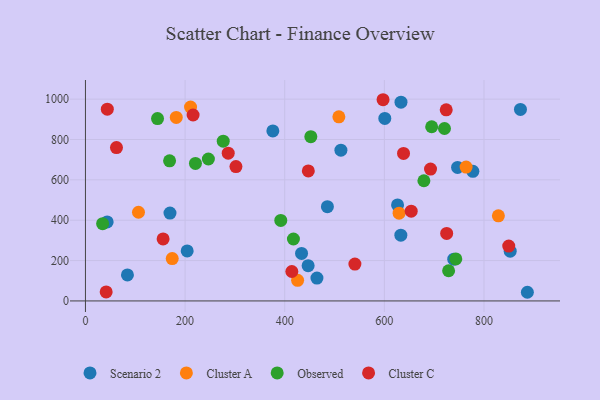
{"axis": {"x": "Study Hours", "y": "Exam Score"}, "legend": ["Cluster A", "Cluster C", "Observed", "Scenario 2"], "data": [{"x": "376.2", "y": 842.2, "type": "Scenario 2"}, {"x": "887.1", "y": 42.9, "type": "Scenario 2"}, {"x": "84.3", "y": 128.9, "type": "Scenario 2"}, {"x": "512.8", "y": 746.8, "type": "Scenario 2"}, {"x": "204.2", "y": 248.0, "type": "Scenario 2"}, {"x": "633.4", "y": 984.9, "type": "Scenario 2"}, {"x": "169.7", "y": 435.3, "type": "Scenario 2"}, {"x": "777.7", "y": 642.0, "type": "Scenario 2"}, {"x": "464.7", "y": 113.3, "type": "Scenario 2"}, {"x": "43.6", "y": 391.6, "type": "Scenario 2"}, {"x": "852.6", "y": 246.8, "type": "Scenario 2"}, {"x": "626.5", "y": 475.9, "type": "Scenario 2"}, {"x": "447.0", "y": 174.5, "type": "Scenario 2"}, {"x": "485.7", "y": 467.2, "type": "Scenario 2"}, {"x": "600.9", "y": 904.5, "type": "Scenario 2"}, {"x": "739.3", "y": 207.0, "type": "Scenario 2"}, {"x": "873.2", "y": 948.7, "type": "Scenario 2"}, {"x": "433.8", "y": 235.4, "type": "Scenario 2"}, {"x": "633.1", "y": 325.9, "type": "Scenario 2"}, {"x": "747.0", "y": 661.4, "type": "Scenario 2"}, {"x": "764.1", "y": 663.1, "type": "Cluster A"}, {"x": "828.9", "y": 421.6, "type": "Cluster A"}, {"x": "211.0", "y": 960.8, "type": "Cluster A"}, {"x": "106.5", "y": 439.5, "type": "Cluster A"}, {"x": "182.3", "y": 909.5, "type": "Cluster A"}, {"x": "629.6", "y": 434.9, "type": "Cluster A"}, {"x": "508.7", "y": 912.1, "type": "Cluster A"}, {"x": "174.2", "y": 209.8, "type": "Cluster A"}, {"x": "425.9", "y": 102.2, "type": "Cluster A"}, {"x": "168.9", "y": 694.2, "type": "Observed"}, {"x": "276.6", "y": 791.8, "type": "Observed"}, {"x": "144.7", "y": 903.6, "type": "Observed"}, {"x": "452.4", "y": 813.8, "type": "Observed"}, {"x": "220.8", "y": 681.6, "type": "Observed"}, {"x": "743.4", "y": 208.0, "type": "Observed"}, {"x": "695.0", "y": 863.1, "type": "Observed"}, {"x": "246.8", "y": 703.3, "type": "Observed"}, {"x": "720.7", "y": 854.5, "type": "Observed"}, {"x": "392.1", "y": 398.7, "type": "Observed"}, {"x": "729.0", "y": 149.5, "type": "Observed"}, {"x": "34.5", "y": 382.9, "type": "Observed"}, {"x": "679.4", "y": 595.6, "type": "Observed"}, {"x": "417.5", "y": 306.8, "type": "Observed"}, {"x": "155.9", "y": 307.2, "type": "Cluster C"}, {"x": "849.7", "y": 271.9, "type": "Cluster C"}, {"x": "414.3", "y": 145.8, "type": "Cluster C"}, {"x": "540.9", "y": 182.6, "type": "Cluster C"}, {"x": "638.5", "y": 731.1, "type": "Cluster C"}, {"x": "447.4", "y": 644.4, "type": "Cluster C"}, {"x": "41.6", "y": 44.6, "type": "Cluster C"}, {"x": "653.9", "y": 445.0, "type": "Cluster C"}, {"x": "692.7", "y": 653.6, "type": "Cluster C"}, {"x": "725.1", "y": 334.7, "type": "Cluster C"}, {"x": "286.6", "y": 732.0, "type": "Cluster C"}, {"x": "724.2", "y": 947.1, "type": "Cluster C"}, {"x": "597.4", "y": 997.0, "type": "Cluster C"}, {"x": "43.9", "y": 950.4, "type": "Cluster C"}, {"x": "62.3", "y": 759.9, "type": "Cluster C"}, {"x": "216.1", "y": 921.3, "type": "Cluster C"}, {"x": "302.1", "y": 665.6, "type": "Cluster C"}]}